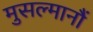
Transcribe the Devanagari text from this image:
मुसल्मानौं